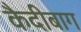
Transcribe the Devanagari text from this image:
कैदीबाग